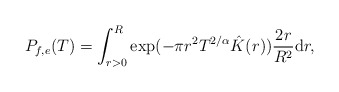
\begin{align*}P_{f,e}(T)= \int_{r>0}^{R}\exp(-\pi r^2 T^{2/\alpha}\hat{K}(r)) \frac{2r}{R^2}\mathrm{d}r, \end{align*}